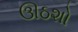
ઊઠશો